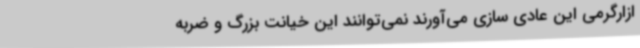
ازارگرمی این عادی سازی می‌آورند نمی‌توانند این خیانت بزرگ و ضربه